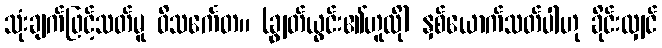
သုံးချက်ဖြင့်သတ်မူ ဝိသင်္ကေတ။ (ချွတ်ယွင်း၏ဟူလို) နှစ်ယောက်သတ်ပါဟု ခိုင်းလျှင်